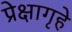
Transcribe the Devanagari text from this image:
प्रेक्षागृहे